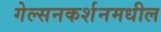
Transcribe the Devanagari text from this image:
गेल्सनकर्शनमधील